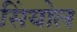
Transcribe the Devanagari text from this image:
सिंयोल